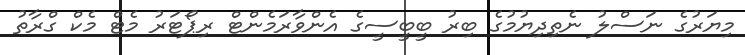
މިޔަރުގެ ނަސްލު ނެތިދިޔުމުގެ ބިރު ބީބީސީގެ އެންވާރަމެންޓް ރިޕޯޓަރު މެޓް މެކް ގްރާތު